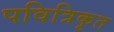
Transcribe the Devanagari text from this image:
पवित्रिकृत